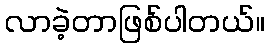
လာခဲ့တာဖြစ်ပါတယ်။